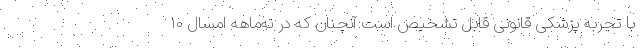
با تجربه پزشکی قانونی قابل تشخیص است آنچنان که در نه‌ماهه امسال ۱۰